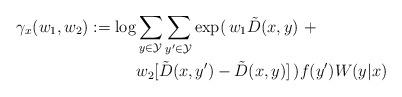
LaTeX: \begin{align*}\gamma_x(w_1,w_2) := \log & \sum_{y \in \mathcal{Y}} \sum_{y' \in \mathcal{Y}} \exp ( \, w_1 \tilde{D}(x,y) \ + \\& w_2 [\tilde{D}(x,y') - \tilde{D}(x,y)] \, ) f(y') W(y|x)\end{align*}